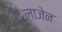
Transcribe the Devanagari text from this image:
लाजेन